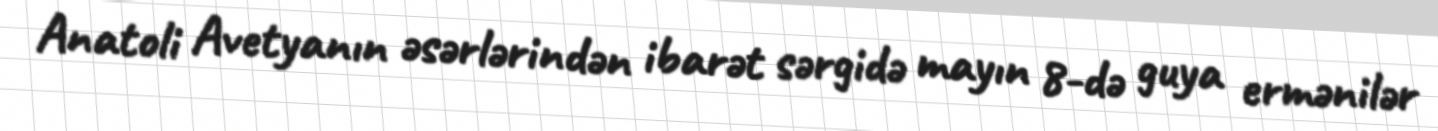
Anatoli Avetyanın əsərlərindən ibarət sərgidə mayın 8-də guya ermənilər